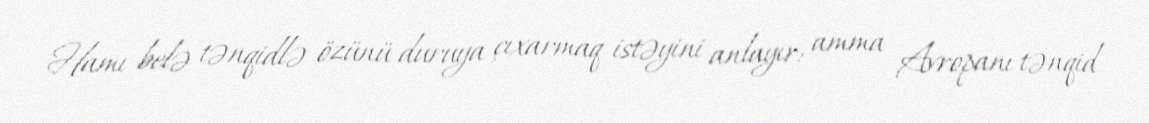
Hamı belə tənqidlə özünü duruya çıxarmaq istəyini anlayır: amma Avropanı tənqid